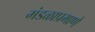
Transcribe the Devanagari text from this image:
मंडळाप्रमाणे